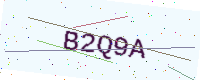
Text: B2Q9A